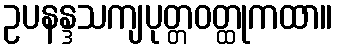
ဥပနန္ဒသကျပုတ္တဝတ္ထုကထာ။